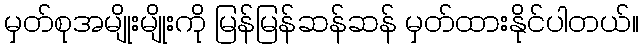
မှတ်စုအမျိုးမျိုးကို မြန်မြန်ဆန်ဆန် မှတ်ထားနိုင်ပါတယ်။